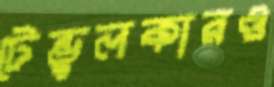
টেন্ডুলকারও